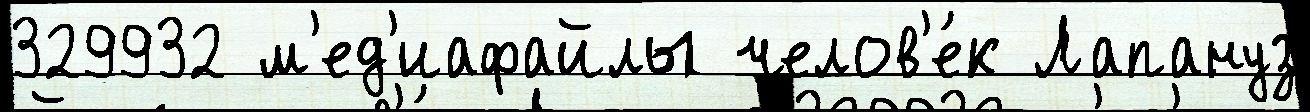
329932 м'ед'иафайлы челов'е́к Лапануз